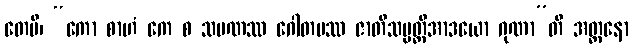
တေပိ၊ “ကော စာဟံ ကေ စ သမဏဿ ဂေါတမဿ ဇာတိသမ္ပတ္တိအာဒယော ဂုဏာ”တိ အတ္တနော